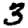
Digit: 3